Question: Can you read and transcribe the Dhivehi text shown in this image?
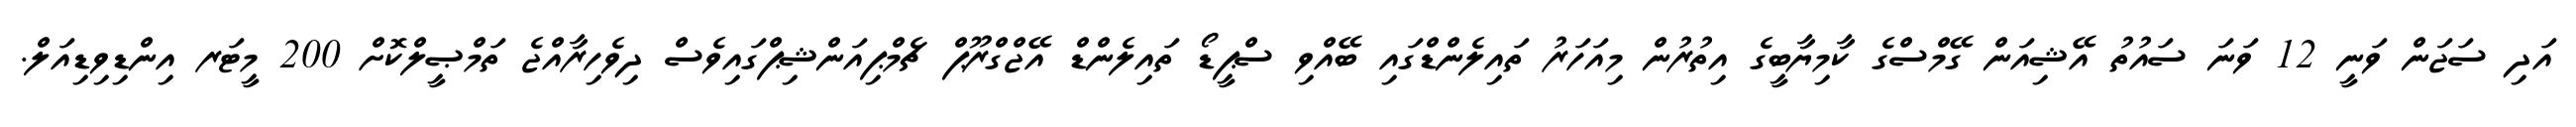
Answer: އަދި ސަޖަން ވަނީ 12 ވަނަ ސައުތު އޭޝިއަން ގޭމްސްގެ ކާމިޔާބީގެ އިތުރުން މިއަހަރު ތައިލެންޑްގައި ބޭއްވި ސްޕީޑޯ ތައިލެންޑް އޭޖްގްރޫޕް ޗެމްޕިއަންޝިޕްގައިވެސް ދިވެހިރާއްޖެ ތަމްޞީލްކޮށް 200 މީޓަރ އިންޑިވިޑިއަލް.